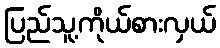
ပြည်သူ့ကိုယ်စားလှယ်